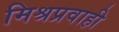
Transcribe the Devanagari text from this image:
मिश्रप्रवाही